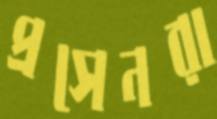
প্রসেনরা